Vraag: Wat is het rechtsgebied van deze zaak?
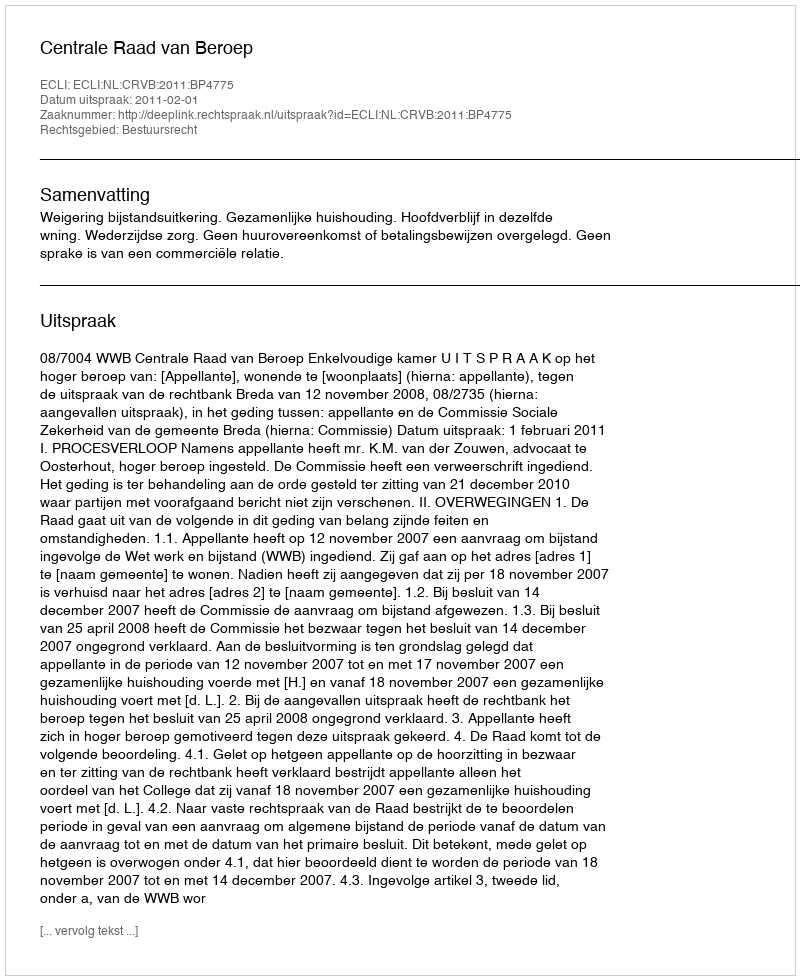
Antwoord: Bestuursrecht